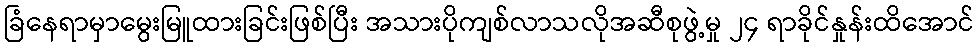
ခြံနေရာမှာမွေးမြူထားခြင်းဖြစ်ပြီး အသားပိုကျစ်လာသလိုအဆီစုဖွဲ့မှု ၂၄ ရာခိုင်နှုန်းထိအောင်